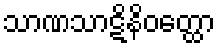
သာဏသာဋိနိဝတ္ထော